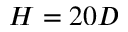
H = 2 0 D